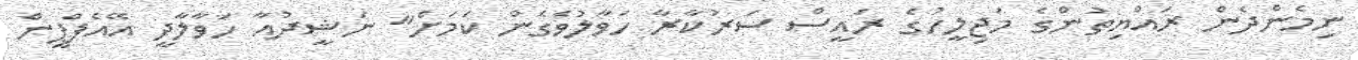
ނިމެންދެން ރައްޔިތުންގެ މަޖިލީހުގެ ރައީސް ސަރުކާރާ ހަވާލުވެގެން ކަމަށް" ނަޝީދުއާ ހަވާލާދީ އޭއެފްޕީން